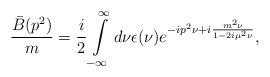
LaTeX: \begin{align*}\frac{\bar B(p^2)}{m}=\frac{i}{2}\int\limits^\infty_{-\infty} d\nu\epsilon(\nu)e^{-ip^2\nu+i{m^2\nu\over 1-2i\mu^2\nu}},\end{align*}